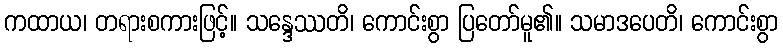
ကထာယ၊ တရားစကားဖြင့်။ သန္ဒေဿတိ၊ ကောင်းစွာ ပြတော်မူ၏။ သမာဒပေတိ၊ ကောင်းစွာ